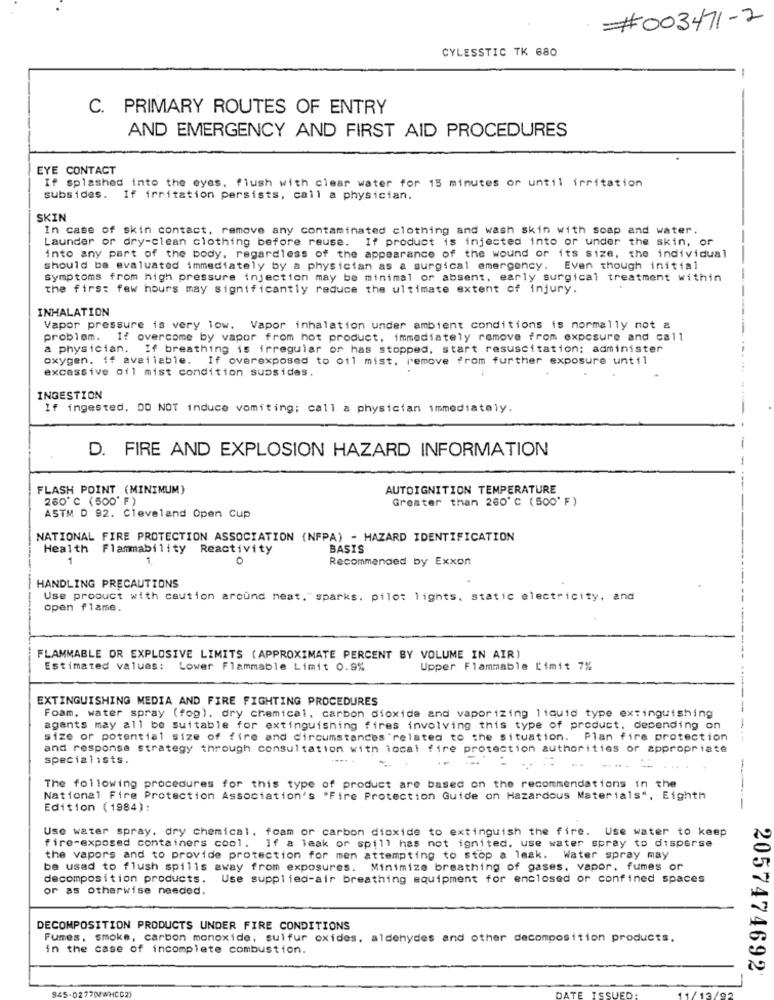
#003471-2
CYLESSTIC TK 680
C. PRIMARY ROUTES OF ENTRY
AND EMERGENCY AND FIRST AID PROCEDURES
EYE CONTACT
If splashed into the eyes, flush with clear water for 15 minutes or until irritation
subs ides.
If irritation persists, call a physician.
SKIN
In case of skin contact. remove any contaminated clothing and wash skin with soap and water.
Launder or dry-clean clothing before reuse. If product is injected into or under the skin, or
into any part of the body, regardless of the appearance of the wound or its size, the individual
should be evaluated immediately by a physician as a surgical emergency. Even though initial
Symptoms from high pressure injection may be minimal or absent, early surgical treatment within
-
the first few hours may significantly reduce the ultimate extent of injury.
INHALATION
Vapor pressure is very low. Vapor inhalation under ambient conditions is normally not a
problem. If overcome by vapor from hot product, immediately remove from exposure and call
a physician. If breathing is irregular or has stopped, start resuscitation; administer
oxygen. if avaliable.
If overexposed to oil mist, remove from further exposure until
excessive oil mist condition sussidas.
INGESTION
If ingested. DO NOT induce vomiting; call a physician immediately.
D. FIRE AND EXPLOSION HAZARD INFORMATION
FLASH POINT (MINIMUM)
AUTOIGNITION TEMPERATURE
260 ℃ (500' F)
Greater than 260' ℃ (500' F)
ASTM D 92. Cleveland Open Cup
NATIONAL FIRE PROTECTION ASSOCIATION (NFPA) - HAZARD IDENTIFICATION
Health Flammability Reactivity
BASIS
1
1
0
Recommended by Exxon
HANDLING PRECAUTIONS
Use product with caution around neat."sparks. pilot lights, static electricity, and
open flame.
--------
FLAMMABLE OR EXPLOSIVE LIMITS (APPROXIMATE PERCENT BY VOLUME IN AIR)
Estimated values:
Lower Flammable Limit 0.9%
Upper Flammable Limit 7%
EXTINGUISHING MEDIA AND FIRE FIGHTING PROCEDURES
Foam, water spray (fog). dry chemical. carbon dioxide and vaporizing liquid type extinguishing
agents may all be suitable for extinguishing fires involving this type of product, depending on
size or potential size of fire and circumstances related to the situation. Plan fire protection
----
and response strategy through consultation with local fire protection authorities or appropriate
specialists.
.....
The following procedures for this type of product are based on the recommendations in the
National Fire Protection Association's 'Fire Protection Guide on Hazardous Materials", Eighth
Edition (1984):
-----
Use water spray. dry chemical. foam or carbon dioxide to extinguish the fire. Use water to keep
fire-exposed containers cool. If a leak or spill has not ignited, use water spray to disperse
the vapors and to provide protection for men attempting to stop a leak. Water spray may
be used to flush spills away from exposures. Minimize breathing of gases. vapor. fumes or
decomposition products.
Use supplied-air breathing equipment for enclosed or confined spaces
or as otherwise needed.
DECOMPOSITION PRODUCTS UNDER FIRE CONDITIONS
Fumes, smoke, carbon monoxide, sulfur oxides, aldehydes and other decomposition products.
in the case of incomplete combustion.
2057474692
VWHCC2)